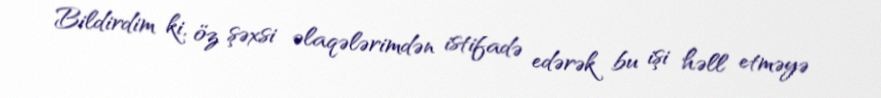
Bildirdim ki, öz şəxsi əlaqələrimdən istifadə edərək bu işi həll etməyə